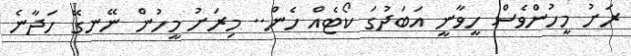
ރަށު މީހުންވެސް ހީވާނީ އަބަދުގަ ކޯޓެއް ހެން.. މިރަށު މީހުން ނޭނގޭ ހަދާނެ